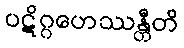
ပဋိဂ္ဂဟေဿန္တီတိ